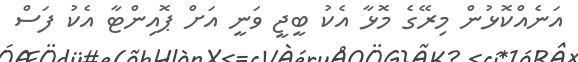
އަނެއްކޮޅުން މިރޭގެ މޮޅާ އެކު ބީޖީ ވަނީ އަށް ޕޮއިންޓާ އެކު ފަސް